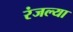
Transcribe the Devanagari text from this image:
रंजल्या